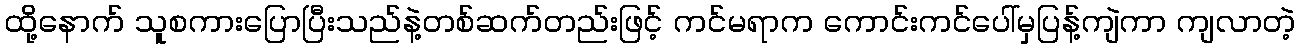
ထို့နောက် သူစကားပြောပြီးသည်နဲ့တစ်ဆက်တည်းဖြင့် ကင်မရာက ကောင်းကင်ပေါ်မှပြန့်ကျဲကာ ကျလာတဲ့